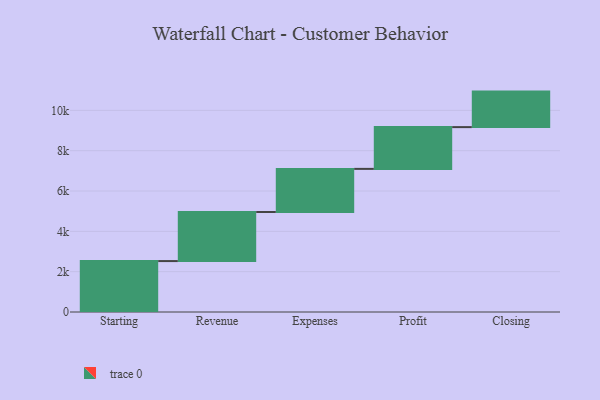
{"axis": {"x": "Step", "y": "Value"}, "legend": [""], "data": [{"x": "Starting", "y": 2526.0, "type": ""}, {"x": "Revenue", "y": 2434.0, "type": ""}, {"x": "Expenses", "y": 2138.0, "type": ""}, {"x": "Profit", "y": 2072.0, "type": ""}, {"x": "Closing", "y": 1761.0, "type": ""}]}